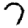
Digit: 7